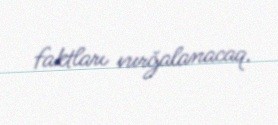
faktları vurğalanacaq.